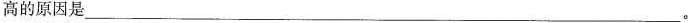
高的原因是___。